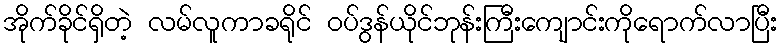
အိုက်ခိုင်ရှိတဲ့ လမ်လူကာခရိုင် ဝပ်ဒွန်ယိုင်ဘုန်းကြီးကျောင်းကိုရောက်လာပြီး